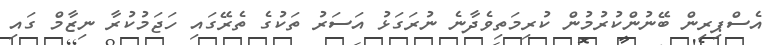
އެސްޕިރިން ބޭނުންކުރުމުން ކުރިމަތިވެދާނެ ނުރަގަޅު އަސަރު ތަކުގެ ތެރޭގައި ހަޖަމުކުރާ ނިޒާމް ގައި